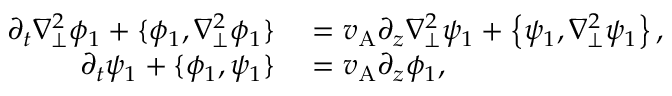
\begin{array} { r l } { \partial _ { t } \nabla _ { \perp } ^ { 2 } \phi _ { 1 } + \{ \phi _ { 1 } , \nabla _ { \perp } ^ { 2 } \phi _ { 1 } \} } & { { } = v _ { \mathrm { A } } \partial _ { z } \nabla _ { \perp } ^ { 2 } \psi _ { 1 } + \left\{ \psi _ { 1 } , \nabla _ { \perp } ^ { 2 } \psi _ { 1 } \right\} , } \\ { \partial _ { t } \psi _ { 1 } + \{ \phi _ { 1 } , \psi _ { 1 } \} } & { { } = v _ { \mathrm { A } } \partial _ { z } \phi _ { 1 } , } \end{array}